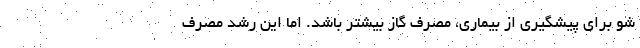
شو برای پیشگیری از بیماری، ‌مصرف گاز بیشتر باشد. اما این رشد مصرف